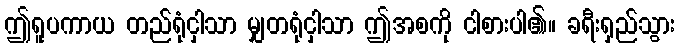
ဤရူပကာယ တည်ရုံငှါသာ မျှတရုံငှါသာ ဤအစကို ငါစားပါ၏။ ခရီးရှည်သွား